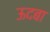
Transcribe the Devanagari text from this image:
ऊदबा